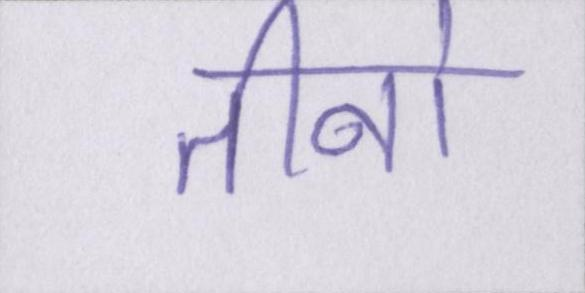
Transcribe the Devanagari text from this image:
तीनो